Civil Veterinary Dept. Assam report 1927-50 - 1927-1950
Year: 1927
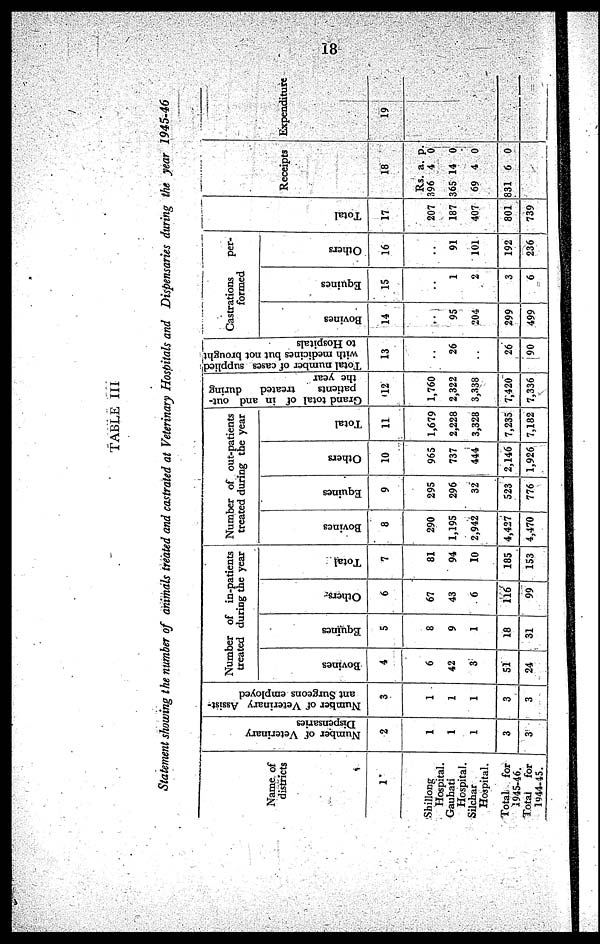
18
TABLE III
Statement showing the number of animals treated and castrated at Veterinary Hospitals and Dispensaries during the year 1945-46
Name of
districts
1
Shillong
Hospital.
Gauhati
Hospital.
Silchar
Hospital.
Total for
1945-46
Total for
1944-45.
Number of Veterinary
Dispensaries
2
1
1
1
3
3
Number of Veterinary Assist-
ant Surgeons employed
3
1
1
1
3
3
Number of in-patients
treated during the year
Bovi ne s
4
6
42
3
51
24
Equines
5
8
9
1
18
31
Others
6
67
43
6
116
99
Tot al
7
81
94
10
185
153
Number of out-patients
treated during the year
Bovines
8
290
1,195
2,942
4,427
4,470
Equines
9
295
296
32
523
776
Others
10
965
737
444
2,146
1,926
Total
11
1,679
2,228
3,328
7,235
7,182
Grand total of in and out-
patients
treated
during
the year
12
1,760
2,322
3,338
7,420
7,336
Total number of cases supplied
with medicines but not brought
to Hospitals
13
..
26
..
26
90
Castrations
per-
formed
Bovi ne s
14
..
95
204
299
499
Equi ne s
15
..
1
2
3
6
Others
16
..
91
101
192
236
Total
17
207
187
407
801
739
Rec
eipt
s
1
8
Rs.
396
365 1
69
831
a.
4
4
4
6
p.
0
0
0
0
Expenditure
19